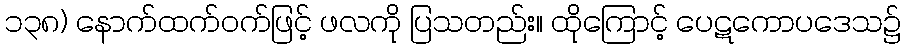
၁၃၈) နောက်ထက်ဝက်ဖြင့် ဖလကို ပြသတည်း။ ထိုကြောင့် ပေဋကောပဒေသ၌